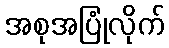
အစုအပြုံလိုက်